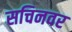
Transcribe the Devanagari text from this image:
सचिनवर